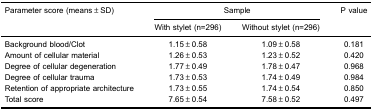
<table><thead><tr><td rowspan="2"><b>Parameter score (means±SD)</b></td><td colspan="2"><b>Sample</b></td><td><b>P value</b></td></tr><tr><td><b>With stylet (n=296)</b></td><td><b>Without stylet (n=296)</b></td><td></td></tr></thead><tbody><tr><td>Background blood/Clot</td><td>1.15±0.58</td><td>1.09±0.58</td><td>0.181</td></tr><tr><td>Amount of cellular material</td><td>1.26±0.53</td><td>1.23±0.52</td><td>0.420</td></tr><tr><td>Degree of cellular degeneration</td><td>1.77±0.49</td><td>1.78±0.47</td><td>0.968</td></tr><tr><td>Degree of cellular trauma</td><td>1.73±0.53</td><td>1.74±0.49</td><td>0.984</td></tr><tr><td>Retention of appropriate architecture</td><td>1.73±0.55</td><td>1.74±0.54</td><td>0.850</td></tr><tr><td>Total score</td><td>7.65±0.54</td><td>7.58±0.52</td><td>0.497</td></tr></tbody></table>